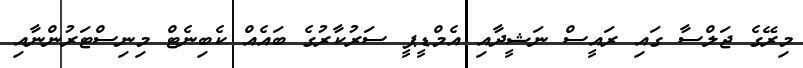
މިރޭގެ ޖަލްސާ ގައި ރައީސް ނަޝީދާއި އެމްޑީޕީ ސަރުކާރުގެ ބައެއް ކެބިނެޓް މިނިސްޓަރުންނާއި